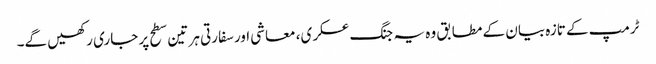
ٹرمپ کے تازہ بیان کے مطابق وہ یہ جنگ عسکری، معاشی اور سفارتی ہر تین سطح پر جاری رکھیں گے۔